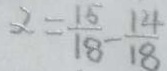
x = \frac { 1 5 } { 1 8 } - \frac { 1 4 } { 1 8 }